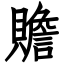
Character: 贍